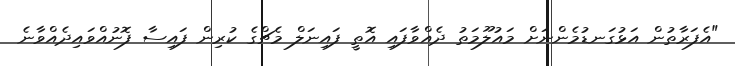
"އެފަރާތުން އަޅުގަނޑުމެންނަށް މައުލޫމަތު ދެއްވާފައި އޮތީ ފައިނަލް މެޗްގެ ކުރިން ފައިސާ ފޮނުއްވައިދެއްވާނެ